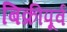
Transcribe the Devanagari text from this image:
बिक्रीपूर्व